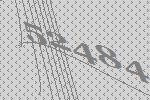
52484